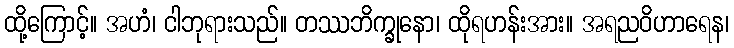
ထို့ကြောင့်။ အဟံ၊ ငါဘုရားသည်။ တဿဘိက္ခုနော၊ ထိုရဟန်းအား။ အရညဝိဟာရေန၊